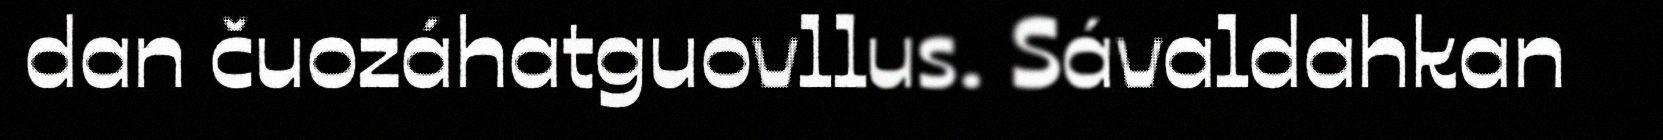
dan čuozáhatguovllus. Sávaldahkan